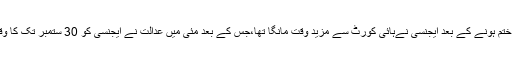
10 ہفتے ختم ہونے کے بعد ایجنسی نےہائی کورٹ سے مزید وقت مانگا تھا،جس کے بعد مئی میں عدالت نے ایجنسی کو 30 ستمبر تک کا وقت دیا تھا۔